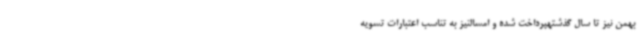
بهمن نیز تا سال گذشتهپرداخت شده و امسالنیز به تناسب اعتبارات تسویه